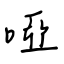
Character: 啞